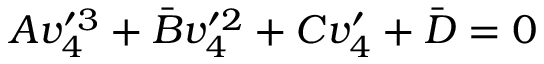
A v _ { 4 } ^ { \prime 3 } + \bar { B } v _ { 4 } ^ { \prime 2 } + C v _ { 4 } ^ { \prime } + \bar { D } = 0